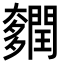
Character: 𨷎